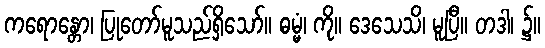
ကရောန္တော၊ ပြုတော်မူသည်ရှိသော်။ ဓမ္မံ၊ ကို။ ဒေသေသိ၊ မူပြီ။ တဒါ၊ ၌။